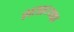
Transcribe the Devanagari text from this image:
शताध्यक्ष